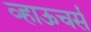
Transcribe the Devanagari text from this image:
व्हाऊचर्स